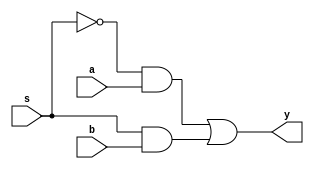
module mux2to1(a,b,s,y);

input  a,b,s;
output y;


wire s0,s1,s2;

not(s0,s);

and(s1,s0,a);
and(s2,s,b);

or(y,s1,s2);
endmodule